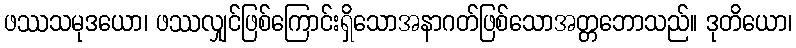
ဖဿသမုဒယော၊ ဖဿလျှင်ဖြစ်ကြောင်းရှိသောအနာဂတ်ဖြစ်သောအတ္တဘောသည်။ ဒုတိယော၊